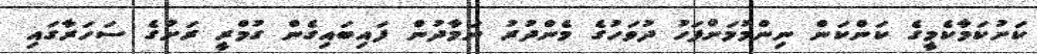
ކަށުކަމާކެމީގެ ކަންކަން ނިންމުމަށްފަހު ދުވަހުގެ މެންދުރު ނަމާދުން ފައިބައިގެން ގުމްރީ ރަށުގެ ސަހަރާގައި